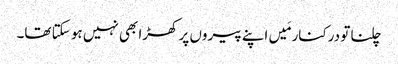
چلنا تو درکنار مَیں اپنے پیروں پر کھڑا بھی نہیں ہو سکتا تھا۔